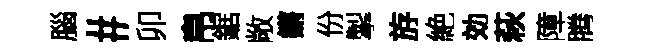
腦#卯帛鋸敞鏘份掣斿絶効萩障腾